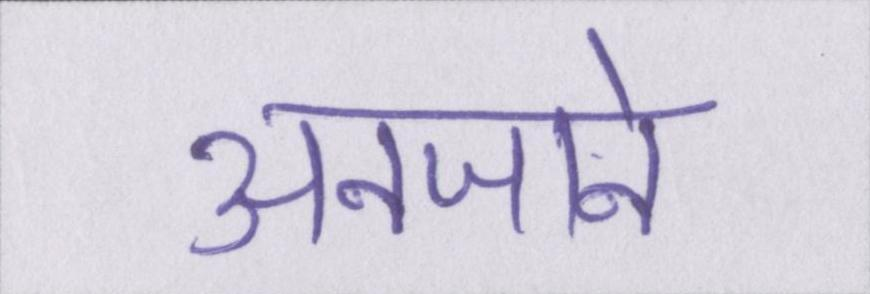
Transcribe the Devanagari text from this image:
अनजाने